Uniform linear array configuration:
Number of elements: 16
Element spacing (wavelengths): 0.75
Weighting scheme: binomial
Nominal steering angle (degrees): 0
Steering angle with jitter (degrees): -0.4735
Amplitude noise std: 0.05
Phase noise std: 0.05

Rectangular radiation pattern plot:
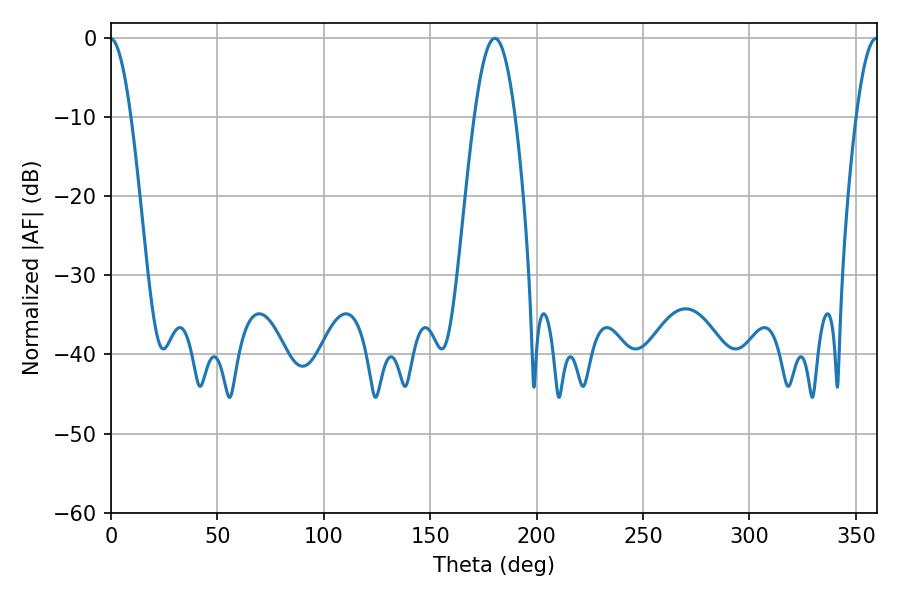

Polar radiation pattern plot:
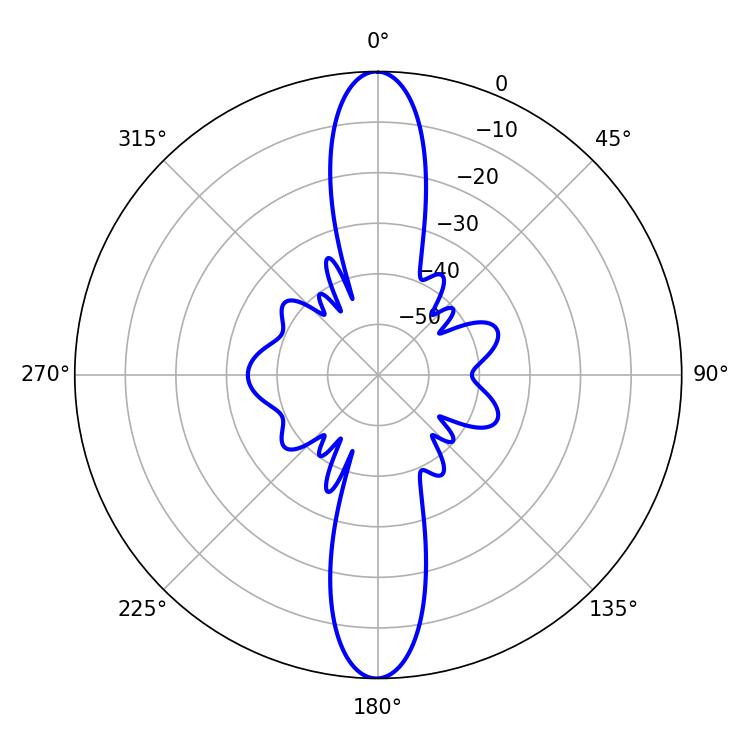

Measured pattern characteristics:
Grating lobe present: TRUE
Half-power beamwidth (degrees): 10.44
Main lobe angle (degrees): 180.36